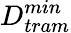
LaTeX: D_{tram}^{min}